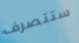
ستتصرف